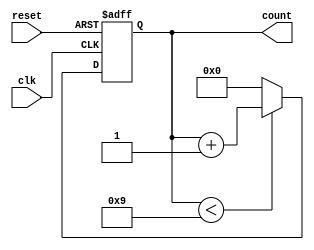
module BCD_Counter (
    input wire clk,          // Clock signal
    input wire reset,        // Asynchronous reset signal
    output reg [3:0] count   // 4-bit BCD output
);

    // Always block that triggers on the rising edge of the clock or when reset is activated
    always @(posedge clk or posedge reset) begin
        if (reset) begin
            count <= 4'b0000; // Reset the counter to 0
        end else begin
            if (count < 4'b1001) begin
                count <= count + 1; // Increment the counter
            end else begin
                count <= 4'b0000; // Reset to 0 if count exceeds 9 (1001)
            end
        end
    end

endmodule